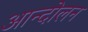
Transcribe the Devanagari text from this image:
अान्दोलन